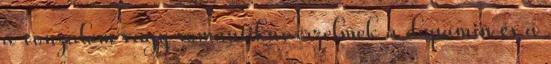
a vonzalom vagy romantikus érzelmek a dopamin és a